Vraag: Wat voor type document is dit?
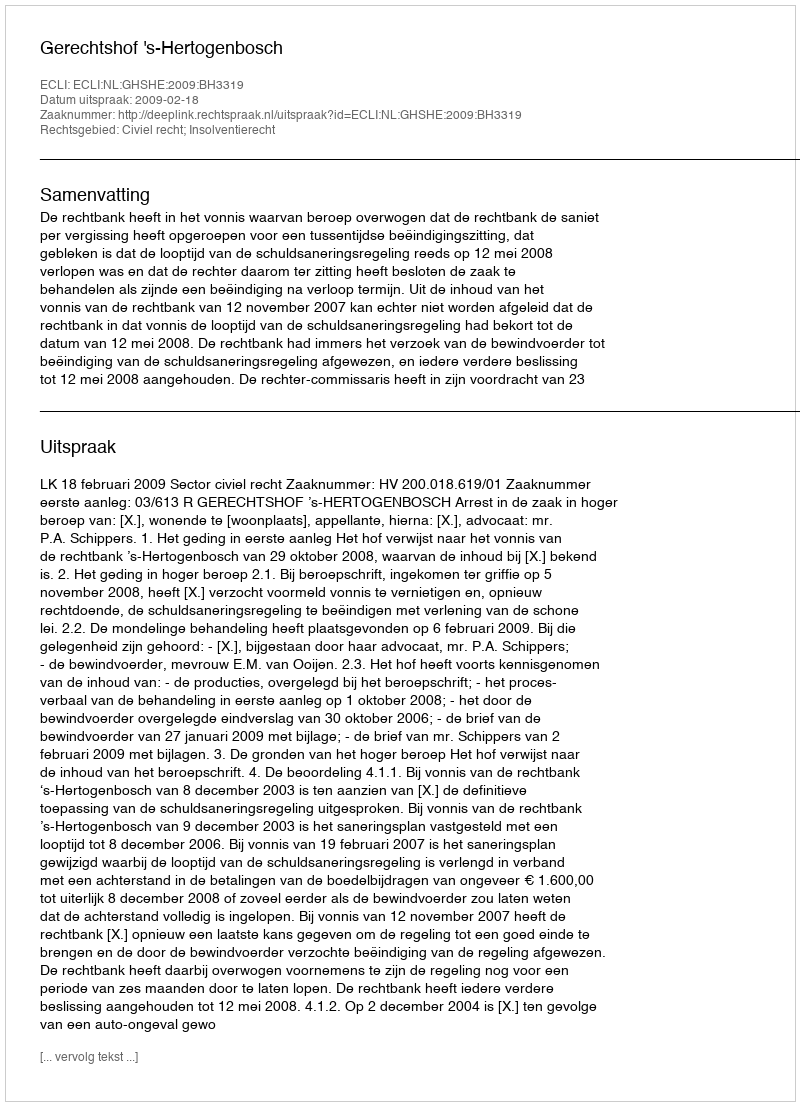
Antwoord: Uitspraak